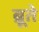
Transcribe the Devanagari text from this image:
ब्रूते